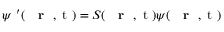
\psi \ ^ { \prime } ( \mathrm { ~ { ~ \bf ~ r ~ } ~ , ~ t ~ } ) = S ( \mathrm { ~ { ~ \bf ~ r ~ } ~ , ~ t ~ } ) \psi ( \mathrm { ~ { ~ \bf ~ r ~ } ~ , ~ t ~ } )